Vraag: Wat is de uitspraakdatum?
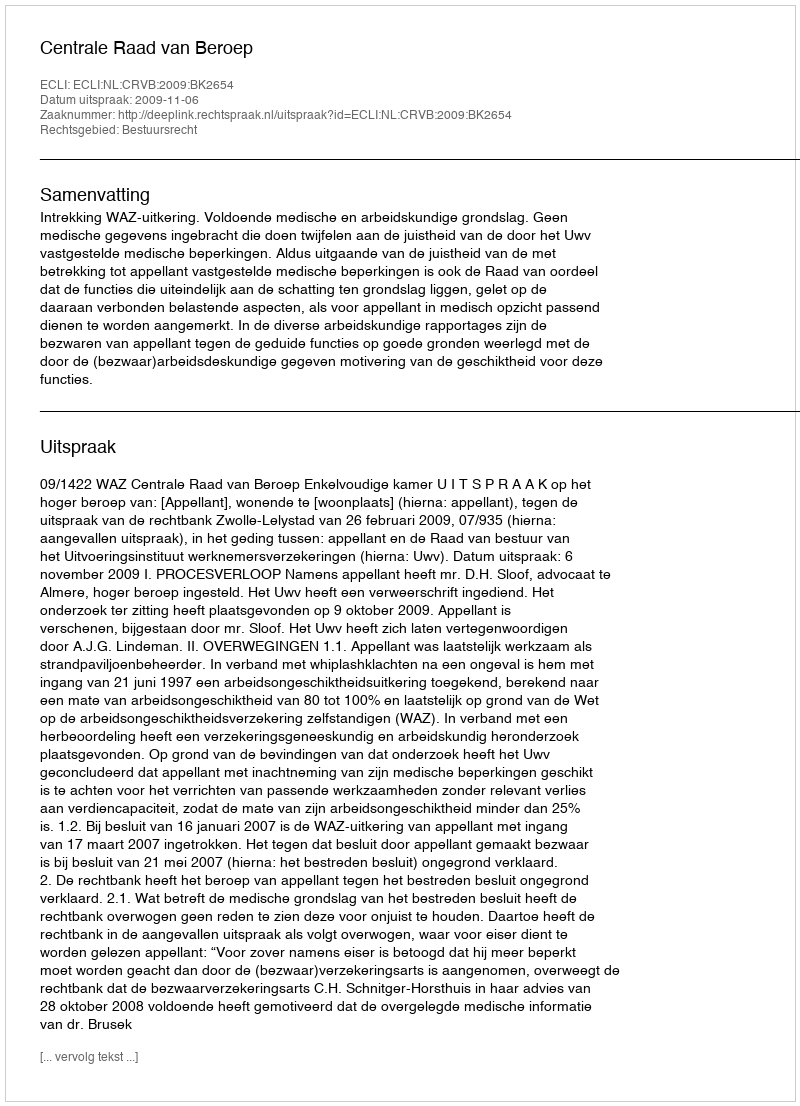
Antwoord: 2009-11-06